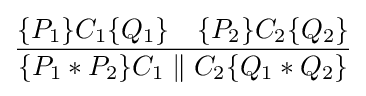
{\frac {\{P_{1}\}C_{1}\{Q_{1}\}\quad \{P_{2}\}C_{2}\{Q_{2}\}}{\{P_{1}*P_{2}\}C_{1}\parallel C_{2}\{Q_{1}*Q_{2}\}}}